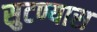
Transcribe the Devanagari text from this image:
सुटण्यास